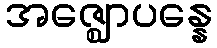
အဇ္ဈောပန္နေ